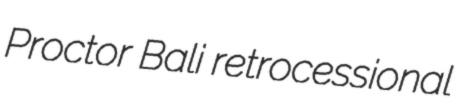
Proctor Bali retrocessional